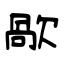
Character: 歄